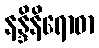
နန္ဒိနိရောဓာ